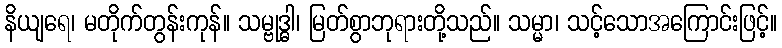
နိယျရေ၊ မတိုက်တွန်းကုန်။ သမ္ဗုဒ္ဓါ၊ မြတ်စွာဘုရားတို့သည်။ သမ္မာ၊ သင့်သောအကြောင်းဖြင့်။